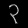
Digit: ၃